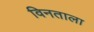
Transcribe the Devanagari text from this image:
विनताला